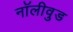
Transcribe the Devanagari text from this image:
नॉलीवुड